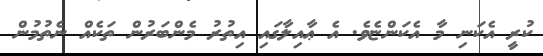
ކުރީ އެކަނި މާ އެކަންޏެވެ. އެ ޢާއިލާގައި އިތުރު މެންބަރުން ތަކެއް ނެތުމުން